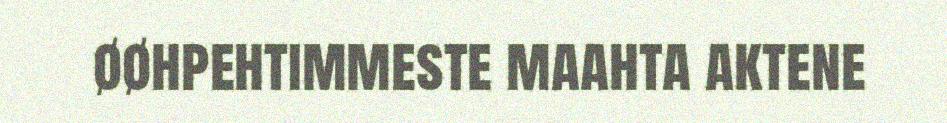
øøhpehtimmeste maahta aktene